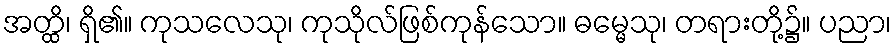
အတ္ထိ၊ ရှိ၏။ ကုသလေသု၊ ကုသိုလ်ဖြစ်ကုန်သော။ ဓမ္မေသု၊ တရားတို့၌။ ပညာ၊